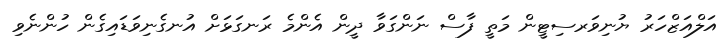
އަލްއަޒްހަރު ޔުނިވަރސިޓީން މަތީ ފާސް ނަންގަވާ ދީން އެންމެ ރަނގަޅަށް އުނގެނިވަޑައިގެން ހުންނެވި